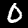
Digit: 0